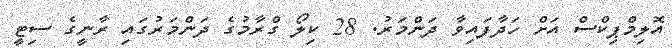
އޮލިމްޕިކްސް އަށް ހަދާފައިވާ ދަންމަރު. 28 ކިލޯ ގްރާމުގެ ދަންމަރުގައި ރާނީގެ ސިޓީ